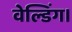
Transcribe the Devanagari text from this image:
वेल्डिंग।